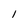
Character: l